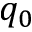
q _ { 0 }